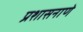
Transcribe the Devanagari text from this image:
प्रशासनाणे